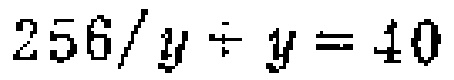
$256/y\div y = 40$